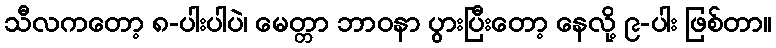
သီလကတော့ ၈-ပါးပါပဲ၊ မေတ္တာ ဘာဝနာ ပွားပြီးတော့ နေလို့ ၉-ပါး ဖြစ်တာ။